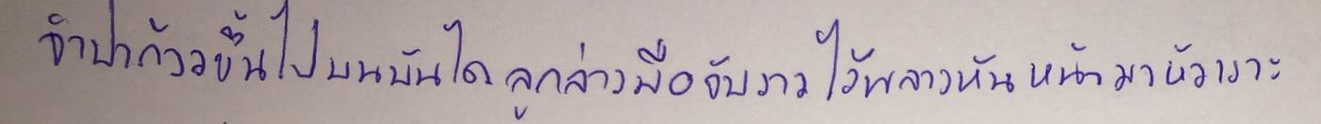
จำปาก้าวขึ้นไปบนบันไดลูกล่างมือจับราวไว้พลางหันหน้ามาหัวเราะ